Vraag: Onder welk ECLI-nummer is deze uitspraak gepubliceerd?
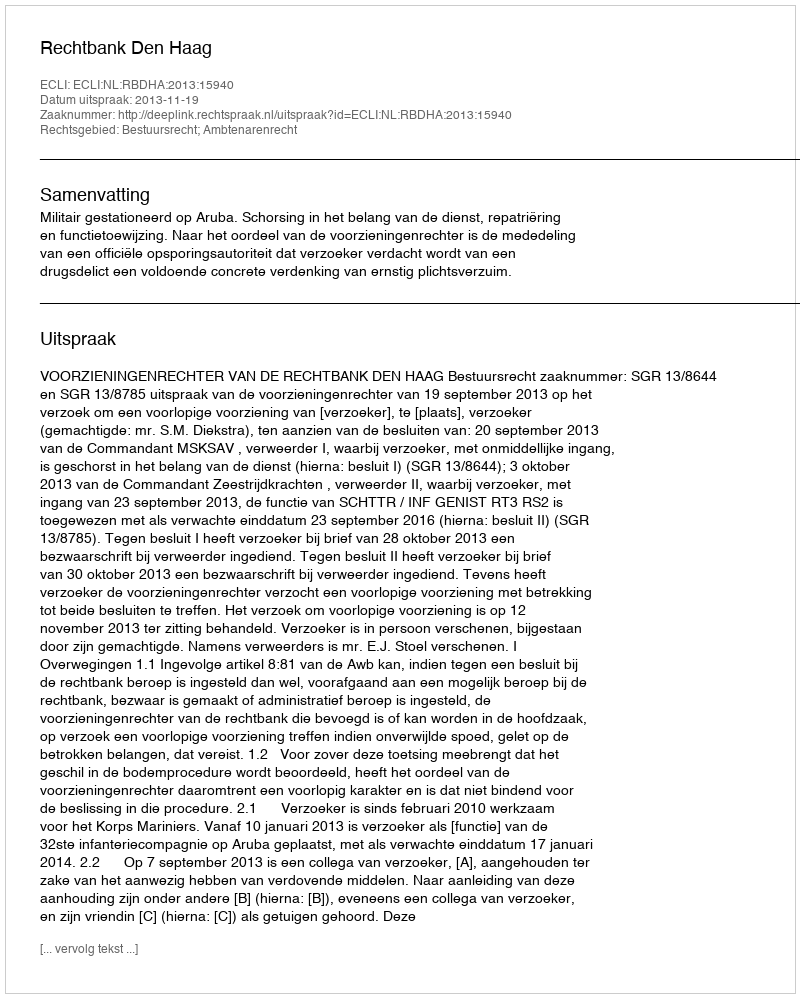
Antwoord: ECLI:NL:RBDHA:2013:15940